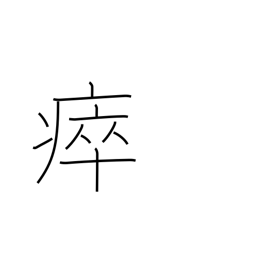
Meaning: take sick